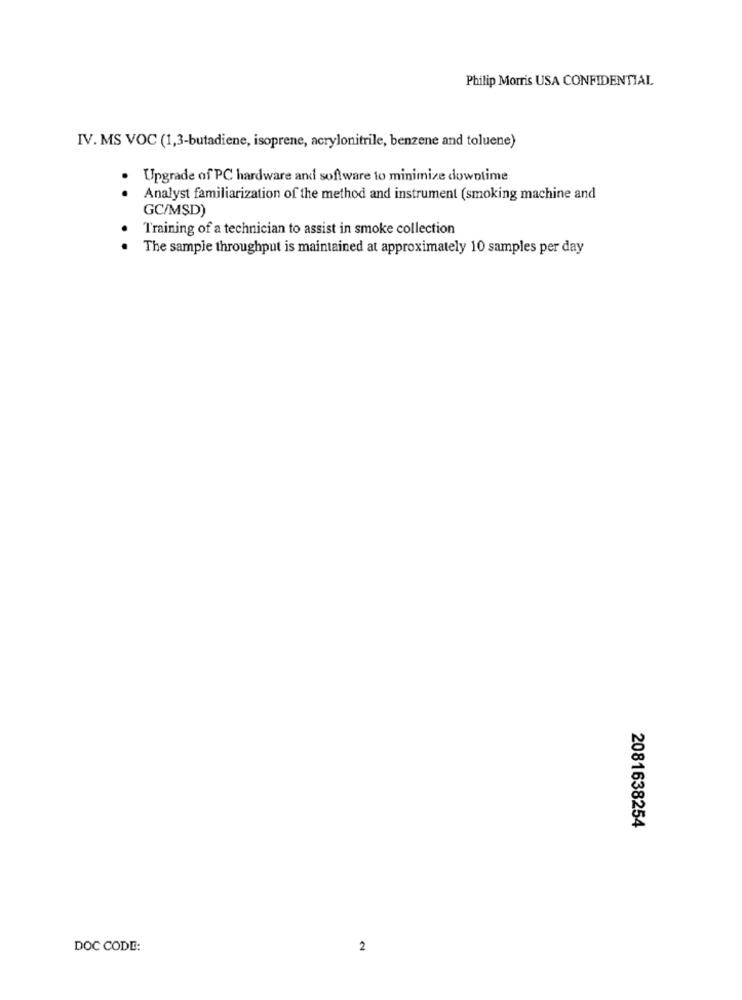
Philip Morris USA CONFIDENTIAL
IV. MS VOC (1,3-butadiene, isoprene, acrylonitrile, benzene and toluene)
Upgrade of PC hardware and software to minimize downtime
.
Analyst familiarization of the method and instrument (smoking machine and
GC/MSD)
Training of a technician to assist in smoke collection
The sample throughput is maintained at approximately 10 samples per day
2081638254
DOC CODE:
2